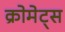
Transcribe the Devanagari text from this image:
क्रोमेट्स